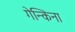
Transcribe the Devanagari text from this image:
गेन्किना